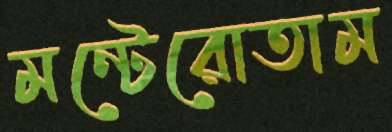
মন্টেরোতাম